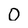
Character: 0